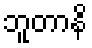
ဘူတာနိ